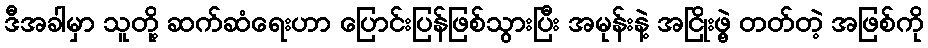
ဒီအခါမှာ သူတို့ ဆက်ဆံရေးဟာ ပြောင်းပြန်ဖြစ်သွားပြီး အမုန်းနဲ့ အငြိုးဖွဲ့ တတ်တဲ့ အဖြစ်ကို